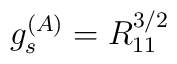
g_s^{(A)}= R_{11}^{3/2}